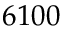
6 1 0 0